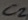
Text: C2